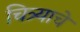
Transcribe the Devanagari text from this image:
चित्र्याचे